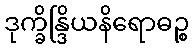
ဒုက္ခိန္ဒြိယနိရောဓဉ္စ